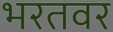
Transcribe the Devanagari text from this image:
भरतवर